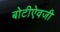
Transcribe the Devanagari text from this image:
बोटीऐवजी